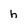
Character: h